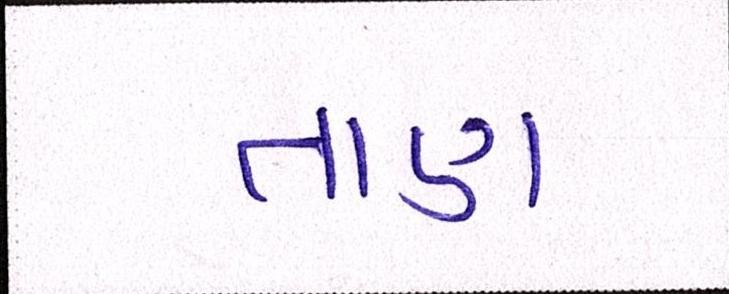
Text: તાણ